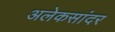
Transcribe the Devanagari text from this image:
अलेकसांदर